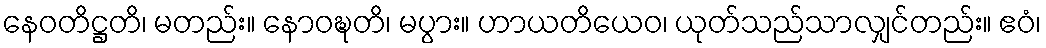
နေဝတိဋ္ဌတိ၊ မတည်း။ နောဝဍ္ဎတိ၊ မပွား။ ဟာယတိယေဝ၊ ယုတ်သည်သာလျှင်တည်း။ ဧဝံ၊